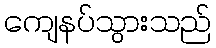
ကျေနပ်သွားသည်